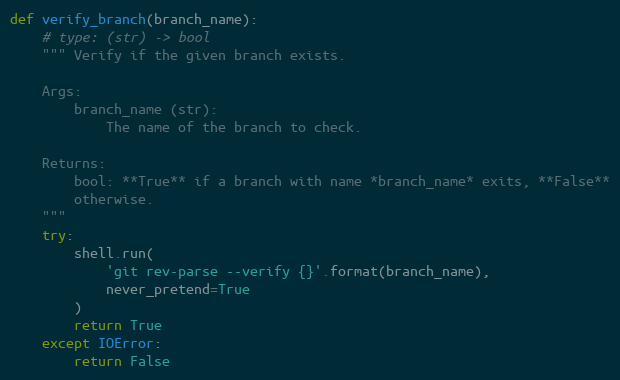
Language: Python
def verify_branch(branch_name):
    # type: (str) -> bool
    """ Verify if the given branch exists.

    Args:
        branch_name (str):
            The name of the branch to check.

    Returns:
        bool: **True** if a branch with name *branch_name* exits, **False**
        otherwise.
    """
    try:
        shell.run(
            'git rev-parse --verify {}'.format(branch_name),
            never_pretend=True
        )
        return True
    except IOError:
        return False